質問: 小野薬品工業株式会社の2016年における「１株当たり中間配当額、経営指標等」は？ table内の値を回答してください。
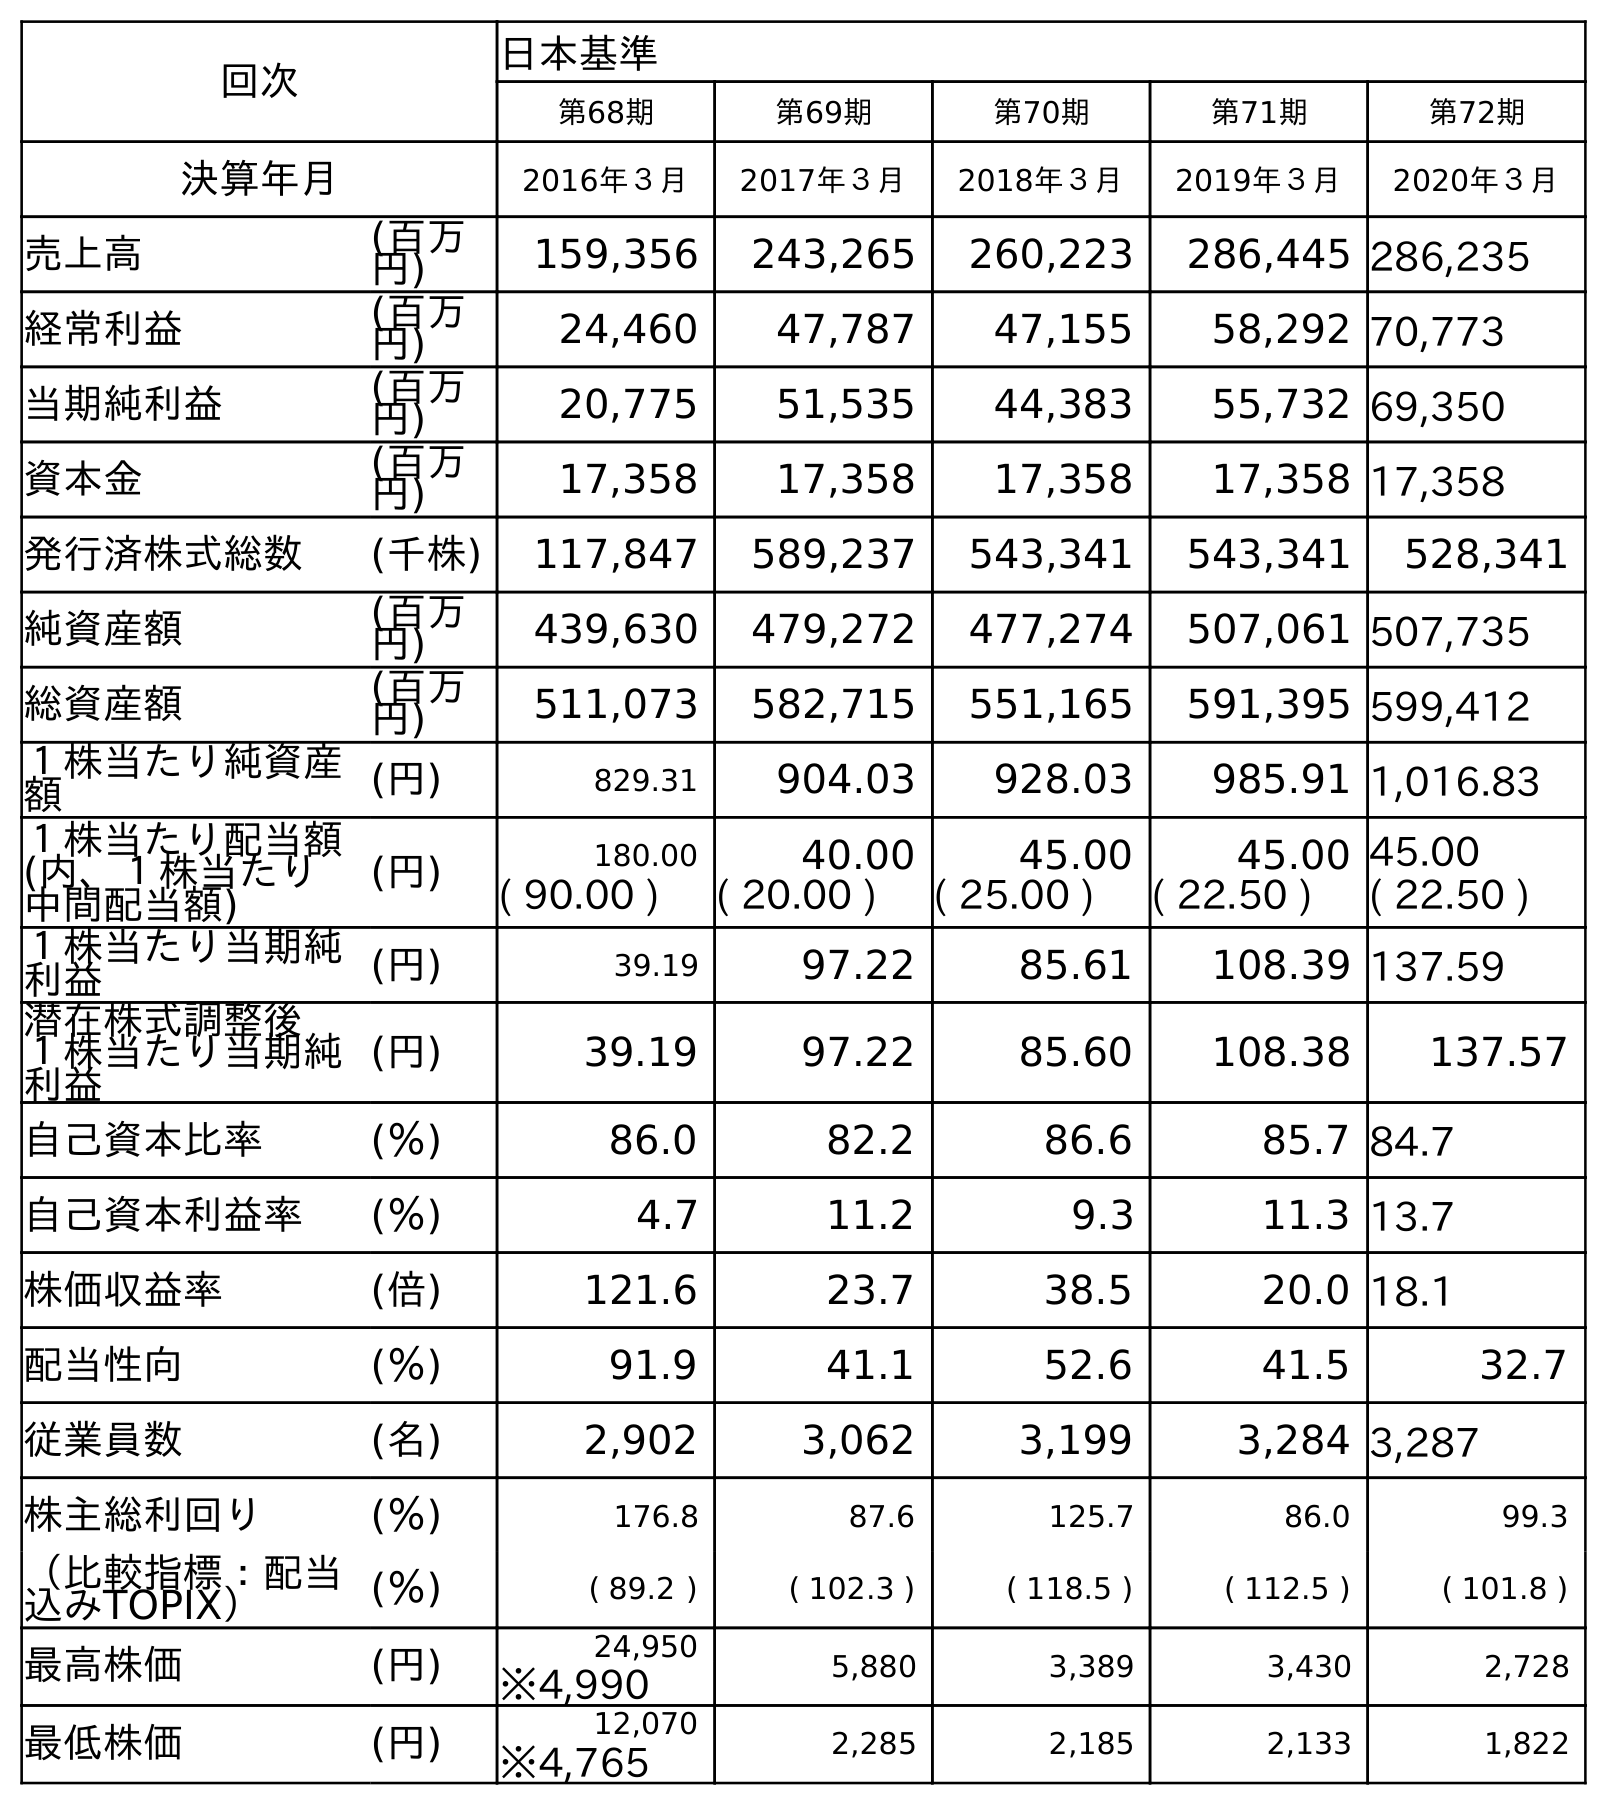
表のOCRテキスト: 回次 日本基準 第68期 第69期 第70期 第71期 第72期 決算年月 2016年３月 2017年３月 2018年３月 2019年３月 2020年３月 売上高 (百万 円) 159,356 243,265 260,223 286,445 286,235 経常利益 (百万 円) 24,460 47,787 47,155 58,292 70,773 当期純利益 (百万 円) 20,775 51,535 44,383 55,732 69,350 資本金 (百万 円) 17,358 17,358 17,358 17,358 17,358 発行済株式総数 (千株) 117,847 589,237 543,341 543,341 528,341 純資産額 (百万 円) 439,630 479,272 477,274 507,061 507,735 総資産額 (百万 円) 511,073 582,715 551,165 591,395 599,412 １株当たり純資産 額 (円) 829.31 904.03 928.03 985.91 1,016.83 １株当たり配当額 (内、１株当たり 中間配当額) (円) 180.00 40.00 45.00 45.00 45.00 ( 90.00 ) ( 20.00 ) ( 25.00 ) ( 22.50 ) ( 22.50 ) １株当たり当期純 利益 (円) 39.19 97.22 85.61 108.39 137.59 潜在株式調整後 １株当たり当期純 利益 (円) 39.19 97.22 85.60 108.38 137.57 自己資本比率 (％) 86.0 82.2 86.6 85.7 84.7 自己資本利益率 (％) 4.7 11.2 9.3 11.3 13.7 株価収益率 (倍) 121.6 23.7 38.5 20.0 18.1 配当性向 (％) 91.9 41.1 52.6 41.5 32.7 従業員数 (名) 2,902 3,062 3,199 3,284 3,287 株主総利回り (％) 176.8 87.6 125.7 86.0 99.3 （比較指標：配当 込みTOPIX） (％) ( 89.2 ) ( 102.3 ) ( 118.5 ) ( 112.5 ) ( 101.8 ) 最高株価 (円) 24,950 5,880 3,389 3,430 2,728 ※4,990 最低株価 (円) 12,070 2,285 2,185 2,133 1,822 ※4,765
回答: (90.00)